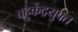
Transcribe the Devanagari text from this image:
बहुकेंद्रयुक्त